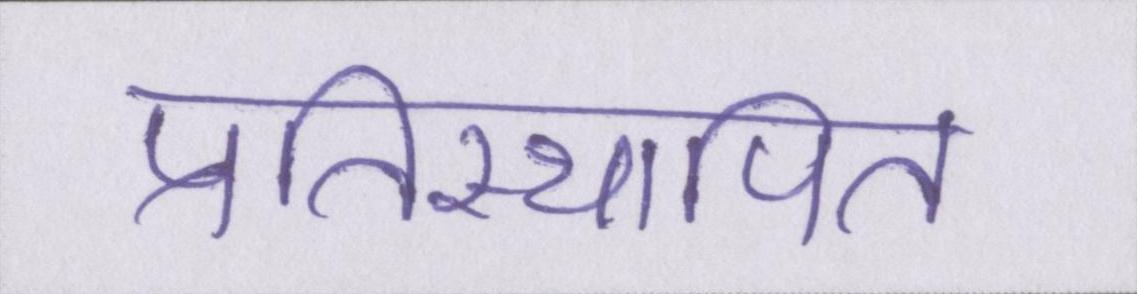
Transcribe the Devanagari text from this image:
प्रतिस्थापित